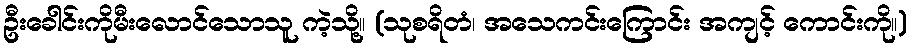
ဦးခေါင်းကိုမီးလောင်သောသူ ကဲ့သို့။ (သုစရိတံ၊ အသေကင်းကြောင်း အကျင့် ကောင်းကို။)